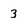
Character: 3